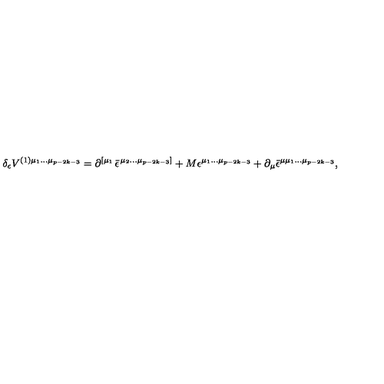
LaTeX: \delta _ { \epsilon } V ^ { ( 1 ) \mu _ { 1 } \ldots \mu _ { p - 2 k - 3 } } = \partial ^ { \left[ \mu _ { 1 } \right. } \bar { \epsilon } ^ { \left. \mu _ { 2 } \ldots \mu _ { p - 2 k - 3 } \right] } + M \epsilon ^ { \mu _ { 1 } \ldots \mu _ { p - 2 k - 3 } } + \partial _ { \mu } \bar { \epsilon } ^ { \mu \mu _ { 1 } \ldots \mu _ { p - 2 k - 3 } } ,